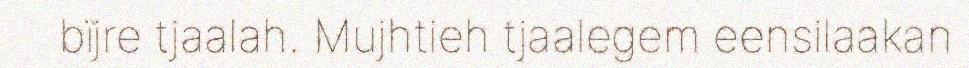
bïjre tjaalah. Mujhtieh tjaalegem eensilaakan